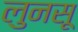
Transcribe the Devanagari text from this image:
लुनसू